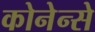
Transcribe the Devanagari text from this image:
कोनेन्से